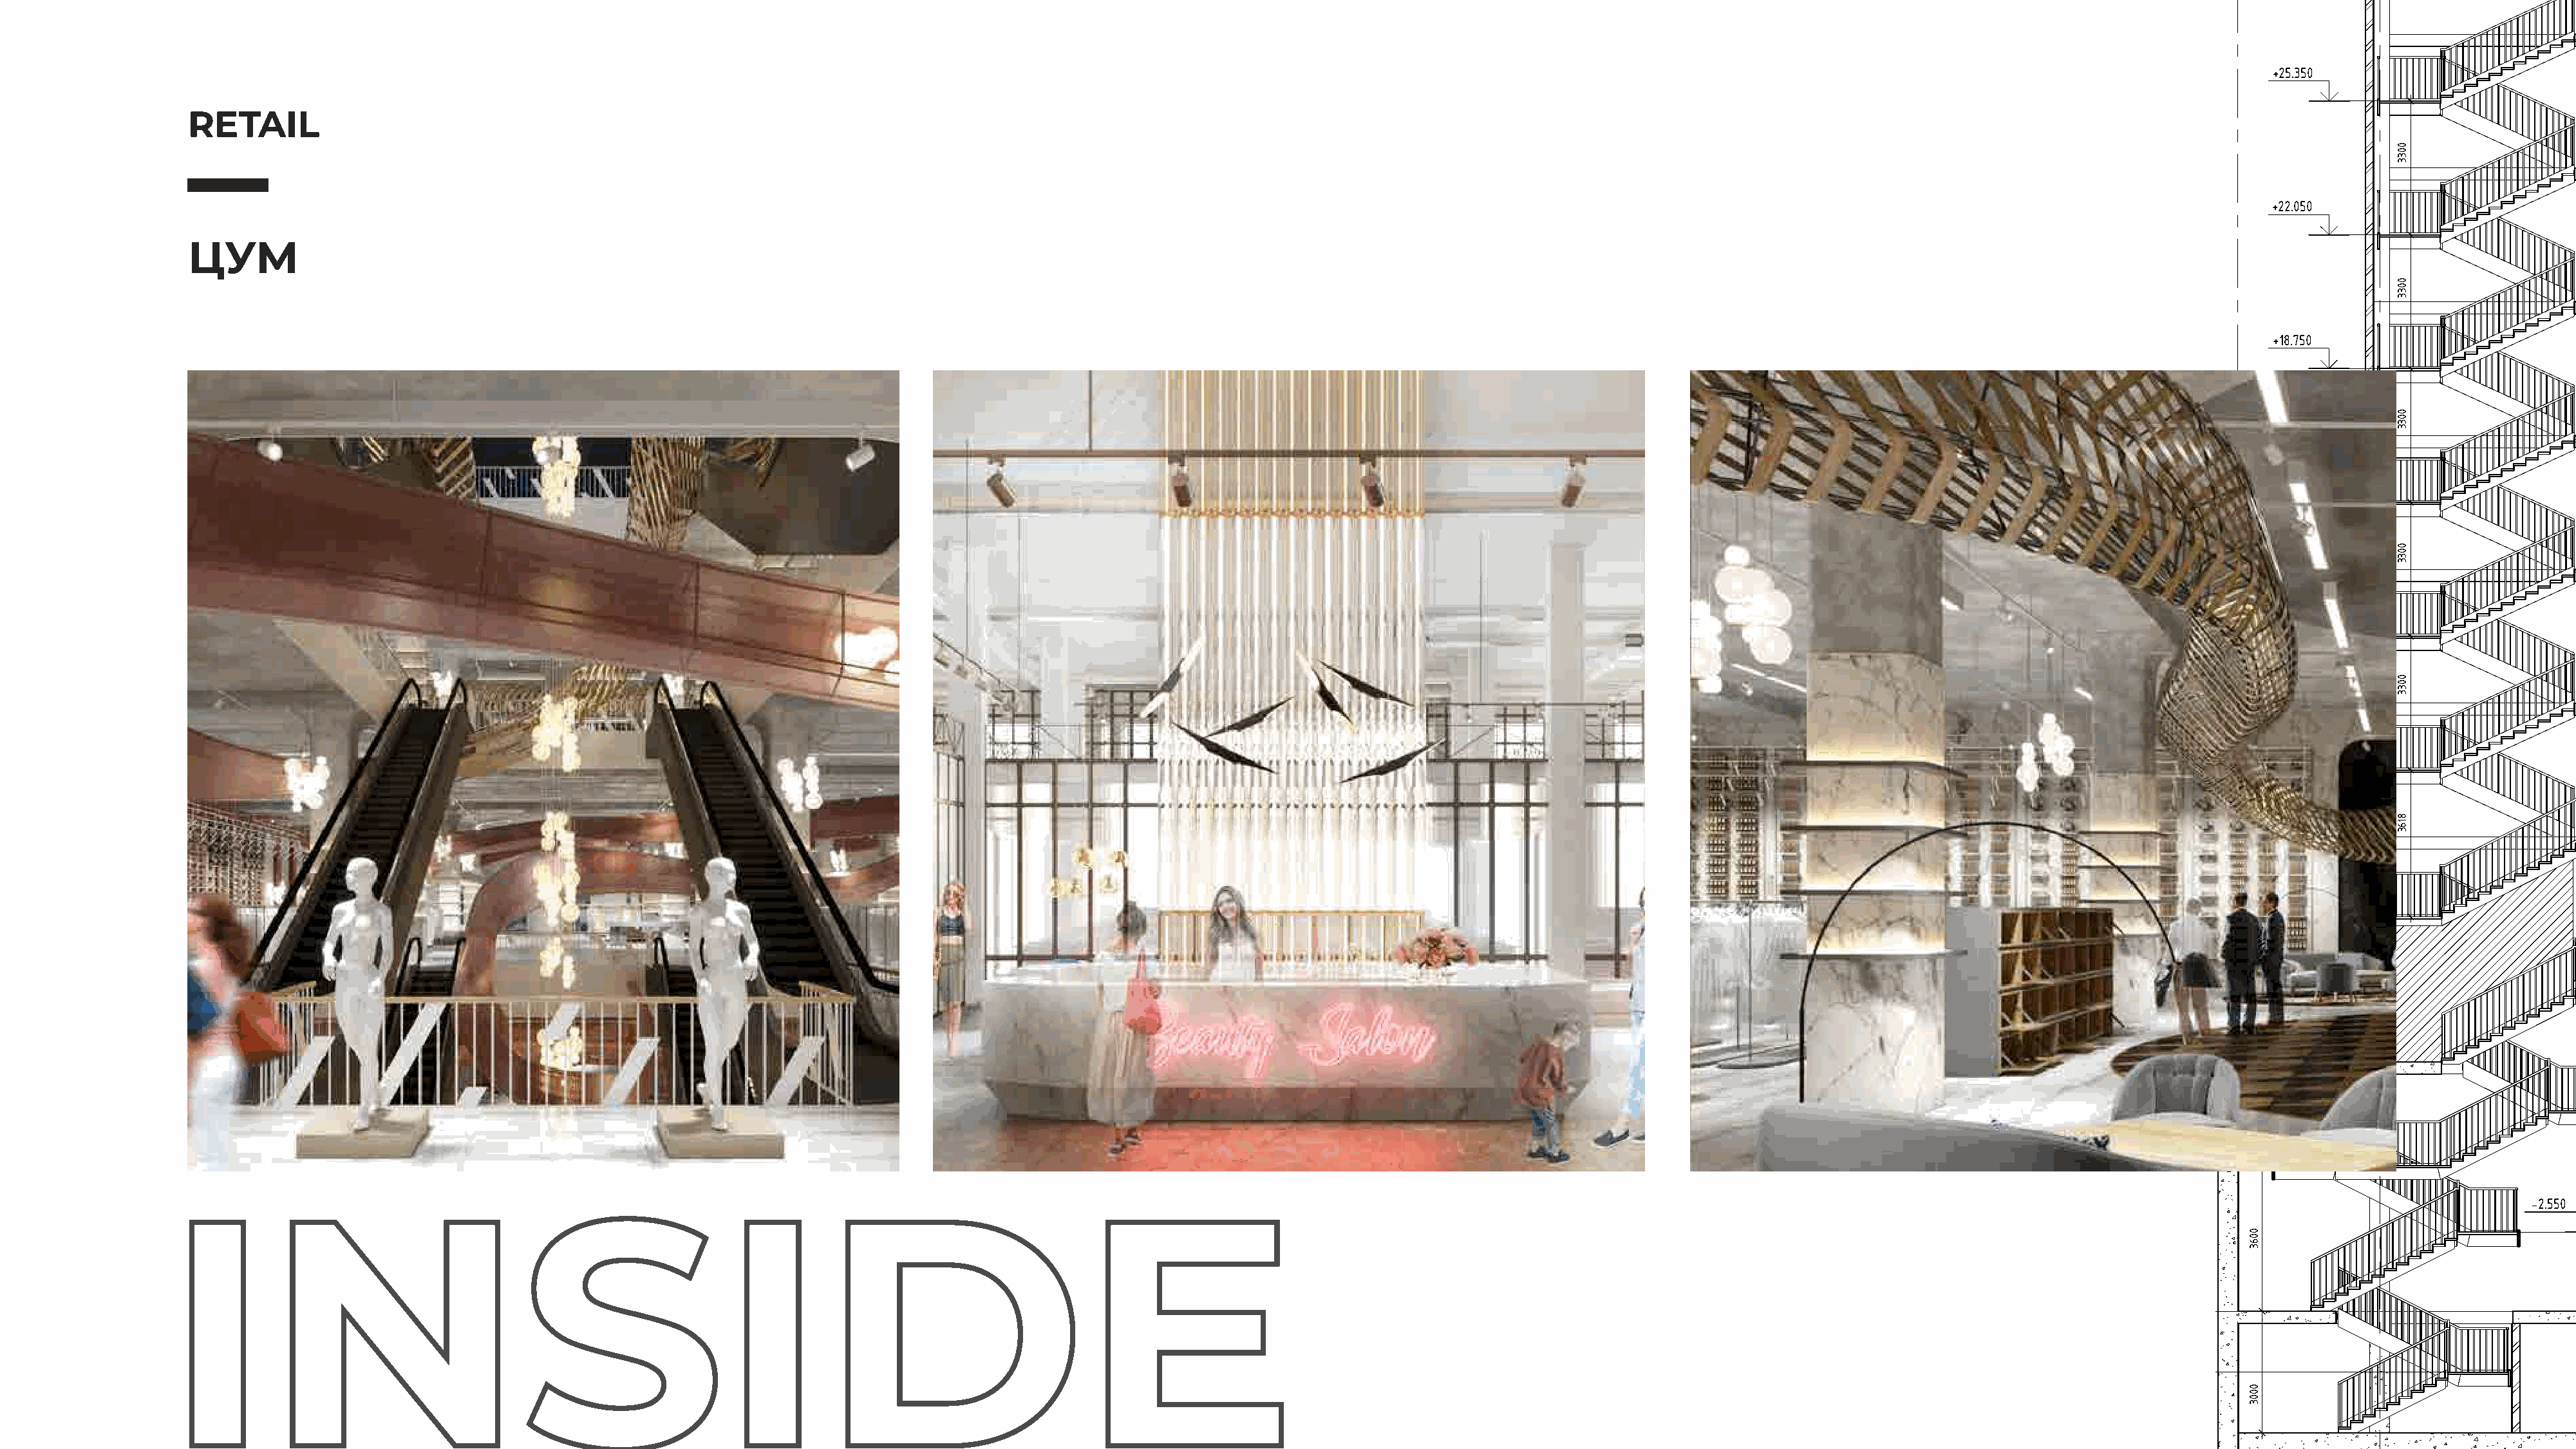
Гидроизоляция-1 слойфилизола"Н", 1 слойфилизола"В"
 Керамзит, пролитыйбитумомдлявыравниванияповерхности
 Профнастил60 мм
 Воздушноепространство
 Утеплитель (теплопроводность0,043) b=180 мм
 Пароизоляция-пленкаполиэтиленовая150 мкм
 Плитаперекрытия
 +30.900
 +30.300
 +25.350
 Усилениебалки
 RETAIL
 +23.700
 +22.050
 ЦУМ
 ++2200..440000
 +18.750
 +17.100
 +15.450
 +13.800
 +12.150
 +10.500
 +8.850
 +7.200
 +5.232
 +3.416
 +1.650
 -2.550
 -4.500                                                                             -4.500
 -6.000
 -7.500
 24500
 3500                      9000                     3000               6000               3000
 П             Н                                    М/1          М                       Л/1           Л
 19.05.2017 - ЭП
 Торговыйцентр"ЦУМ-Новосибирск", расположенногопоадресу: городНовосибирск,
 проспектДимитрова, дом5
 Изм. Кол.уч. Лист №док. Подп. Дата
 РП       Пергаев                                         Стадия Лист   Листов
 ГАП      Губанов
 П     20
 Разработал Ермакова
 Разработал Панов
 Проверил Губанов                       Разрез1-1
 Н.контроль Цибин
 ФорматА2К
 онавосалгоС
 онавосалгоС
 №
 .вни
 .мазВ
 атади
 .пдоП
 .лдоп№
 .внИ
 003
 0522
 0063
 0003
 0033
 0033
 0033
 0033
 0033
 8163
 0033
 003
 003
 003
 003
 003
 003
 003
 0003
 0003
 0003
 0003
 0003
 0003
 4843
 003
 0072